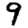
Digit: 9